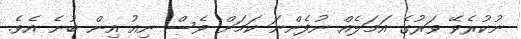
ނުކުރެވޭ ވަރުގެ އަމަލެއް ނުފެންނަ ކަމަށް ވެސް ނިއު އިން ބުނެ އެވެ.